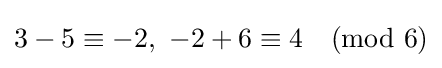
3-5\equiv -2,\ -2+6\equiv 4{\pmod {6}}